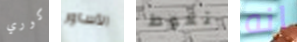
كوري الأساور تغوط انه